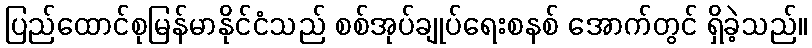
ပြည်ထောင်စုမြန်မာနိုင်ငံသည် စစ်အုပ်ချုပ်ရေးစနစ် အောက်တွင် ရှိခဲ့သည်။